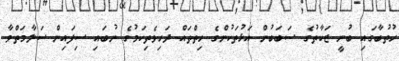
ހުތުބާގައި ބުނީ ޒަކާތުގެ ސަބަބުން އަޅުތަކުންގެ ހިތްތައް ދަހިވެތިކަމުގެ ނުބައި ސިފައިން ސަލާމަތްވާ